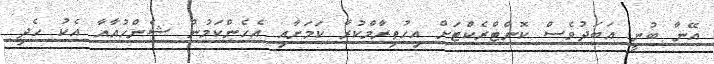
އޭނާ ބުނީ އަބަދުވެސް ކޮންޓްރެކްޓަށް އިހުތިރާމްކުރާ ކަމަށާއި އެހެންކަމުން ޝެންހުއާއާ އެކު ހެދި